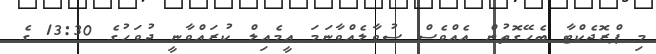
މި ޕްރޮޖެކްޓާ ބެހޭގޮތުން އެއްވެސް ސުވާލެއްވާނަމަ އީމެއިލް ކުރައްވާނީ ދުވަހުގެ 13:30 ގެ